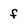
Character: f